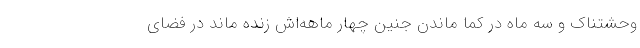
وحشتناک و سه ماه در کما ماندن جنین چهار ماهه‌اش زنده ماند در فضای